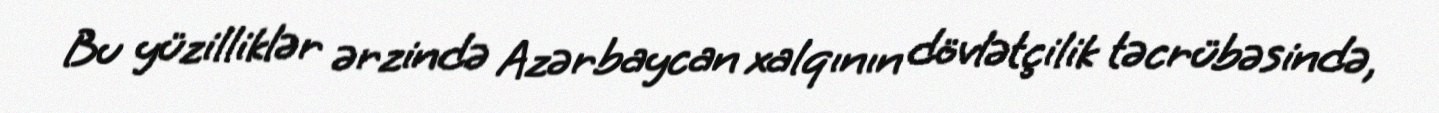
Bu yüzilliklər ərzində Azərbaycan xalqının dövlətçilik təcrübəsində,